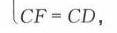
\(CF = CD,\)